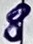
Text: 8